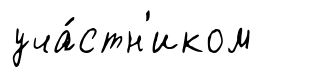
уча́стн'иком